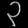
Digit: ၃